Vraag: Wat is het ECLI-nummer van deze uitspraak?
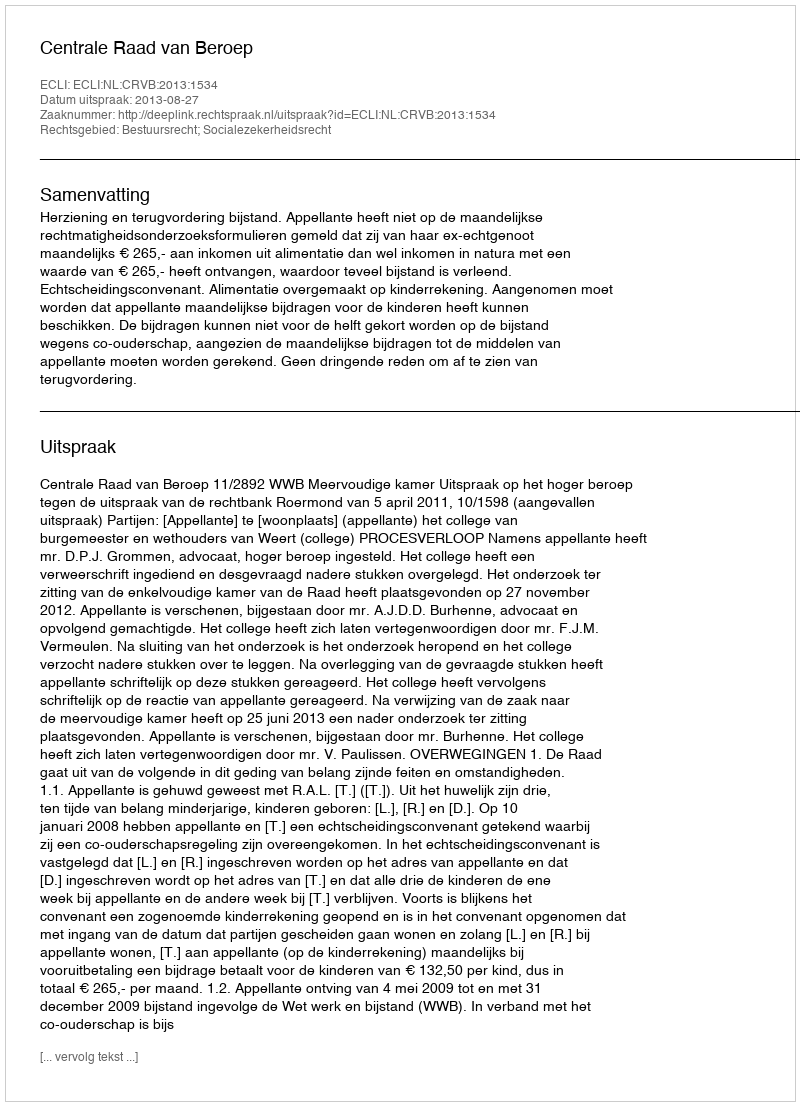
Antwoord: ECLI:NL:CRVB:2013:1534